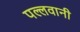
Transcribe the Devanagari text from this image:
पल्लवानी